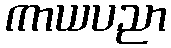
ကာယပညာ